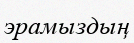
эрамыздың